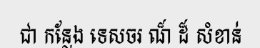
ជា កន្លែង ទេសចរ ណ៏ ដ៏ សំខាន់